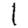
Digit: 1